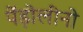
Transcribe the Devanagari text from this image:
पेंड़ोलीनो